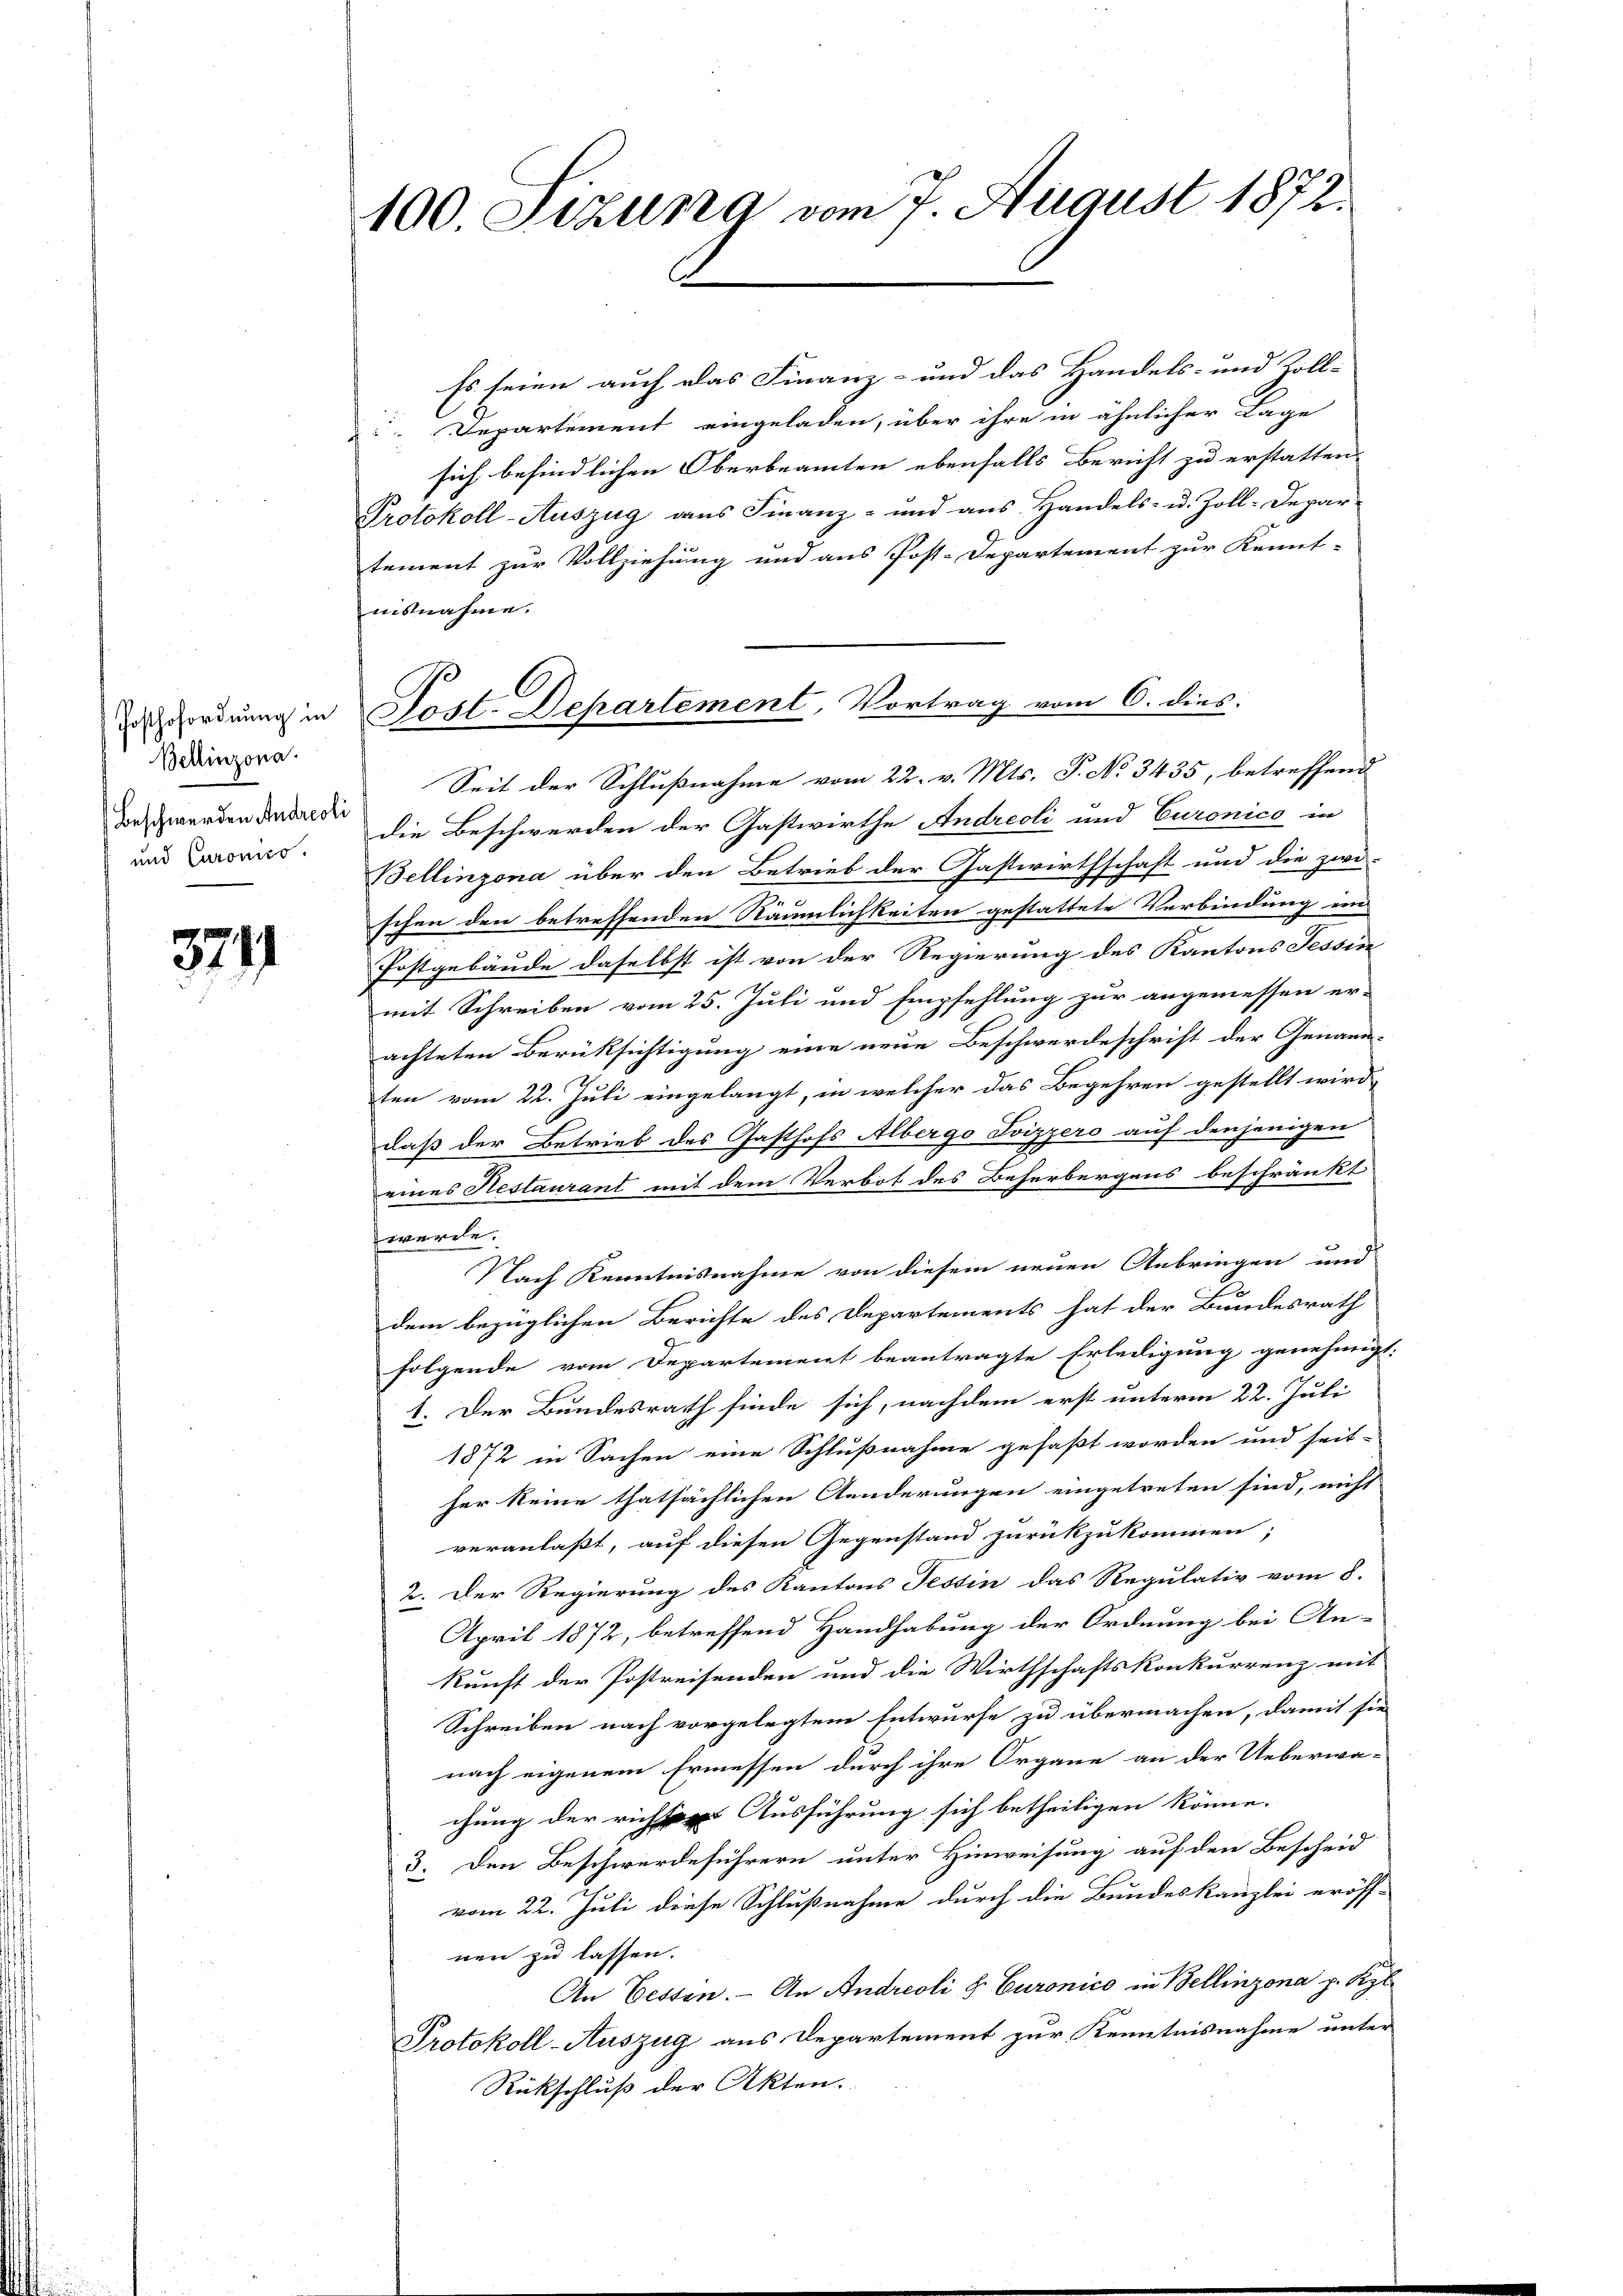
Posthofordnung in
Bellinzona.
Beschwerden Andreoli
und Curonico.

3241

100 Sizung vom 7. August 1872.

Es seien auch das Finanz- und das Handels- und Zoll-
 Departement eingeladen, über ihre in ähnlicher Lage
sich befindlichen Oberbeamten ebenfalls Bericht zu erstatten.
Protokoll-Auszug aus Finanz- und aus Handels- u. Zoll-Departement zur Vollziehung und aus Post-Departement zur Kennt-
aisnahme.
Seit der Schlußnahme vom 22. v. Mts. P. No 3435, betreffend
die Beschwerden der Gastwirthe Andreoli und Curonico in
Bellinzona über den Betrieb der Gastwirthschaft und die zwi-
schen den betreffenden Räumlichkeiten gestattete Verbindung im
Postgebäude daselbst ist von der Regierung des Kantons Tessin
mit Schreiben vom 25. Juli und Empfehlung zur angemessen er-
achteten Berüksichtigung eine neue Beschwerdeschrift der Genann-
ten vom 22. Juli eingelangt, in welcher das Begehren gestellt wird,
daß der Betrieb des Gasthofs Albergo Svizzero auf denjenigen
eines Restaurant mit dem Verbot des Beherbergens beschränkt
ercle
Nach Kenntnisnahme von diesem neuen Anbringen und
dem bezüglichen Berichte des Departements hat der Bundesrath
folgende vom Departement beantragte Erledigung genehmigt:
1. Der Bundesrath finde sich, nachdem erst unterm 22. Juli
1872 in Sachen eine Schlußnahme gefaßt worden und seit-
her Seine thatsächlichen Aenderungen eingetreten sind, nicht
veranlaßt, auf diesen Gegenstand zurückzukommen;
2. Der Regierung des Kantons Tessin das Regulativ vom 8.
April 1872, betreffend Handhabung der Ordnung bei An-
kunft der Postreisenden und die Wirthschaftskonkurrenz mit
Schreiben nach vorgelegtem Entwurfe zu übermachen, damit sie
nach eigenem Ermessen durch ihre Organe an der Ueberwa-
chung der richten Ausführung sich betheiligen könne.
3. Den Beschwerdeführern unter Hinweisung auf den Bescheid
vom 22. Juli diese Schlußnahme durch die Bundeskanzlei eröff-
nen zu lassen.
An Eessen. - An Andreoli u. Euronico in Bellinzona p. Kel
Protokoll-Auszug aus Departement zur Kenntnisnahme unter
Rückschluß der Akten.

Post. Departement, Vortrag vom 6. dies